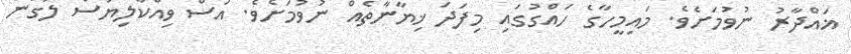
ޣައްދާރު ނުވުމަށެވެ. މައިމީހާގެ ހައްގުގައި މިފަދަ ޚިޔާނާތެއް ނުވުމަށެވެ. އަސް ވިއްކާލިޔަސް ލަގަން